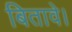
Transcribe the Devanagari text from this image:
बितावे।